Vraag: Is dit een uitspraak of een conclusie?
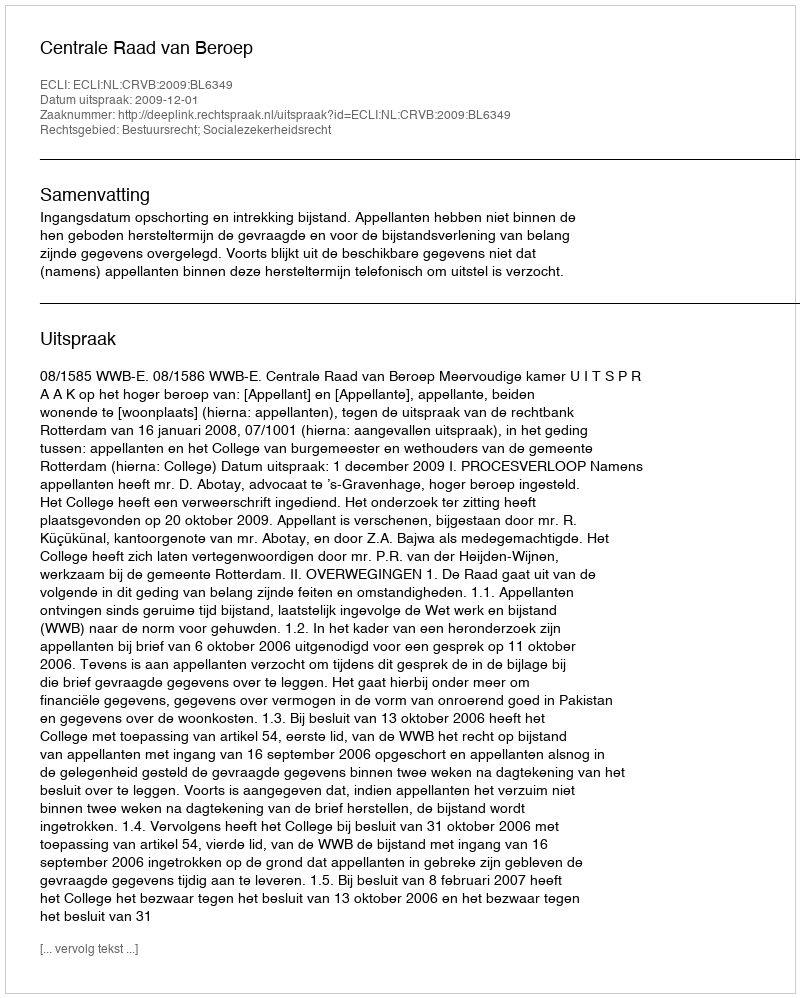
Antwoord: Uitspraak